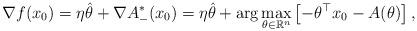
LaTeX: \begin{align*}\nabla f(x_0) = \eta \hat \theta + \nabla A^*_{-}(x_0) = \eta \hat \theta + \arg\max_{\theta \in \mathbb{R}^n} \left[-\theta^\top x_0 - A(\theta)\right],\end{align*}